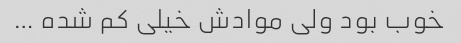
خوب بود ولی موادش خیلی کم شده …